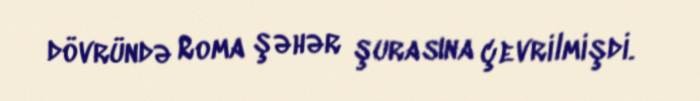
dövründə Roma şəhər şurasına çevrilmişdi.